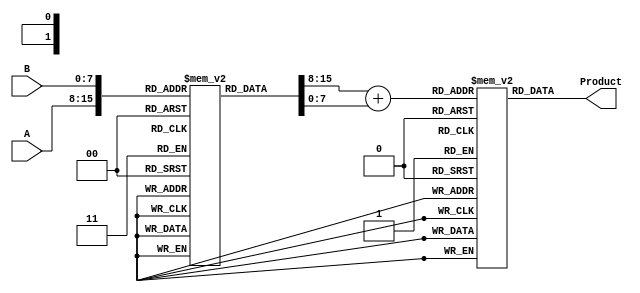
module LogarithmicMultiplier #(
    parameter N = 8, // Input width
    parameter M = 8, // Logarithmic representation width
    parameter P = 16 // Output width
)(
    input  [N-1:0] A, // First multiplicand
    input  [N-1:0] B, // Second multiplicand
    output reg [P-1:0] Product // Result of multiplication
);

    // Logarithmic lookup table (example values, need to be filled appropriately)
    reg [M-1:0] log_table [0:255]; // Assuming 8-bit input for A and B
    initial begin
        // Fill the log_table with appropriate logarithmic values
        // Example: log_table[0] = 0, log_table[1] = 0, log_table[2] = 1, ...
        // You need to fill this with actual logarithmic values
    end

    // Exponential lookup table (example values, need to be filled appropriately)
    reg [P-1:0] exp_table [0:(1 << M)-1]; // Assuming M bits for log result
    initial begin
        // Fill the exp_table with appropriate exponential values
        // Example: exp_table[0] = 1, exp_table[1] = 2, exp_table[2] = 4, ...
        // You need to fill this with actual exponential values
    end

    // Intermediate signals
    reg [M-1:0] logA, logB, logResult;

    always @(*) begin
        // Logarithmic conversion
        logA = log_table[A]; // Convert A to logA
        logB = log_table[B]; // Convert B to logB

        // Addition of logarithmic values
        logResult = logA + logB;

        // Exponential conversion
        Product = exp_table[logResult]; // Convert logResult back to linear
    end

endmodule